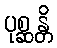
ပုစ္ဆန္တိ